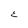
Character: E